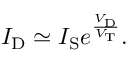
I _ { \mathrm { D } } \simeq I _ { \mathrm { S } } e ^ { \frac { V _ { \mathrm { D } } } { V _ { \mathrm { T } } } } .